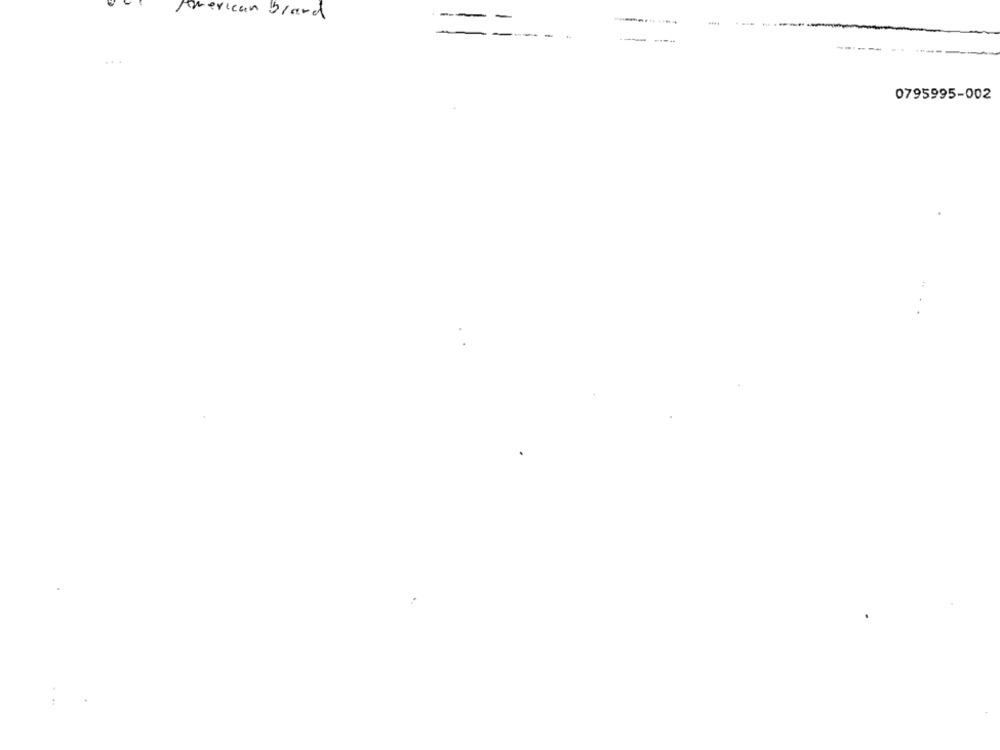
American brand
------.
0795995-002